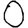
Digit: 0